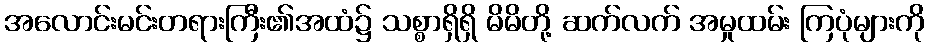
အလောင်းမင်းတရားကြီး၏အထံ၌ သစ္စာရှိရှိ မိမိတို့ ဆက်လက် အမှုထမ်း ကြပုံများကို